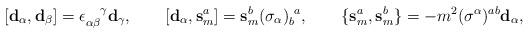
LaTeX: \begin{align*}[ \mathbf{d}_\alpha, \mathbf{d}_\beta ] = \epsilon_{\alpha\beta}^{~~~\!\gamma} \mathbf{d}_\gamma, \qquad[ \mathbf{d}_\alpha, \mathbf{s}_m^a ] = \mathbf{s}_m^b (\sigma_\alpha)_b^{~a},\qquad\{ \mathbf{s}_m^a, \mathbf{s}_m^b \} = - m^2 (\sigma^\alpha)^{ab} \mathbf{d}_\alpha,\end{align*}